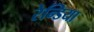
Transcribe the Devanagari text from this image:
रेन्डिया